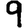
Digit: 9